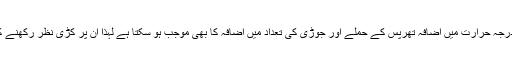
انہوںنے کہا کہ درجہ حرارت میں اضافہ تھرپس کے حملے اور جوڑی کی تعداد میں اضافہ کا بھی موجب ہو سکتا ہے لہٰذا ان پر کڑی نظر رکھنے کی ضرورت ہے۔